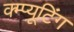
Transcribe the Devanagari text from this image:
क्म्प्यूटिंग